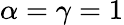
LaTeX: \alpha=\gamma=1